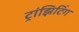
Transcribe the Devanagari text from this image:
ट्रांझिटिंग